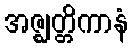
အဇ္ဈတ္တိကာနံ